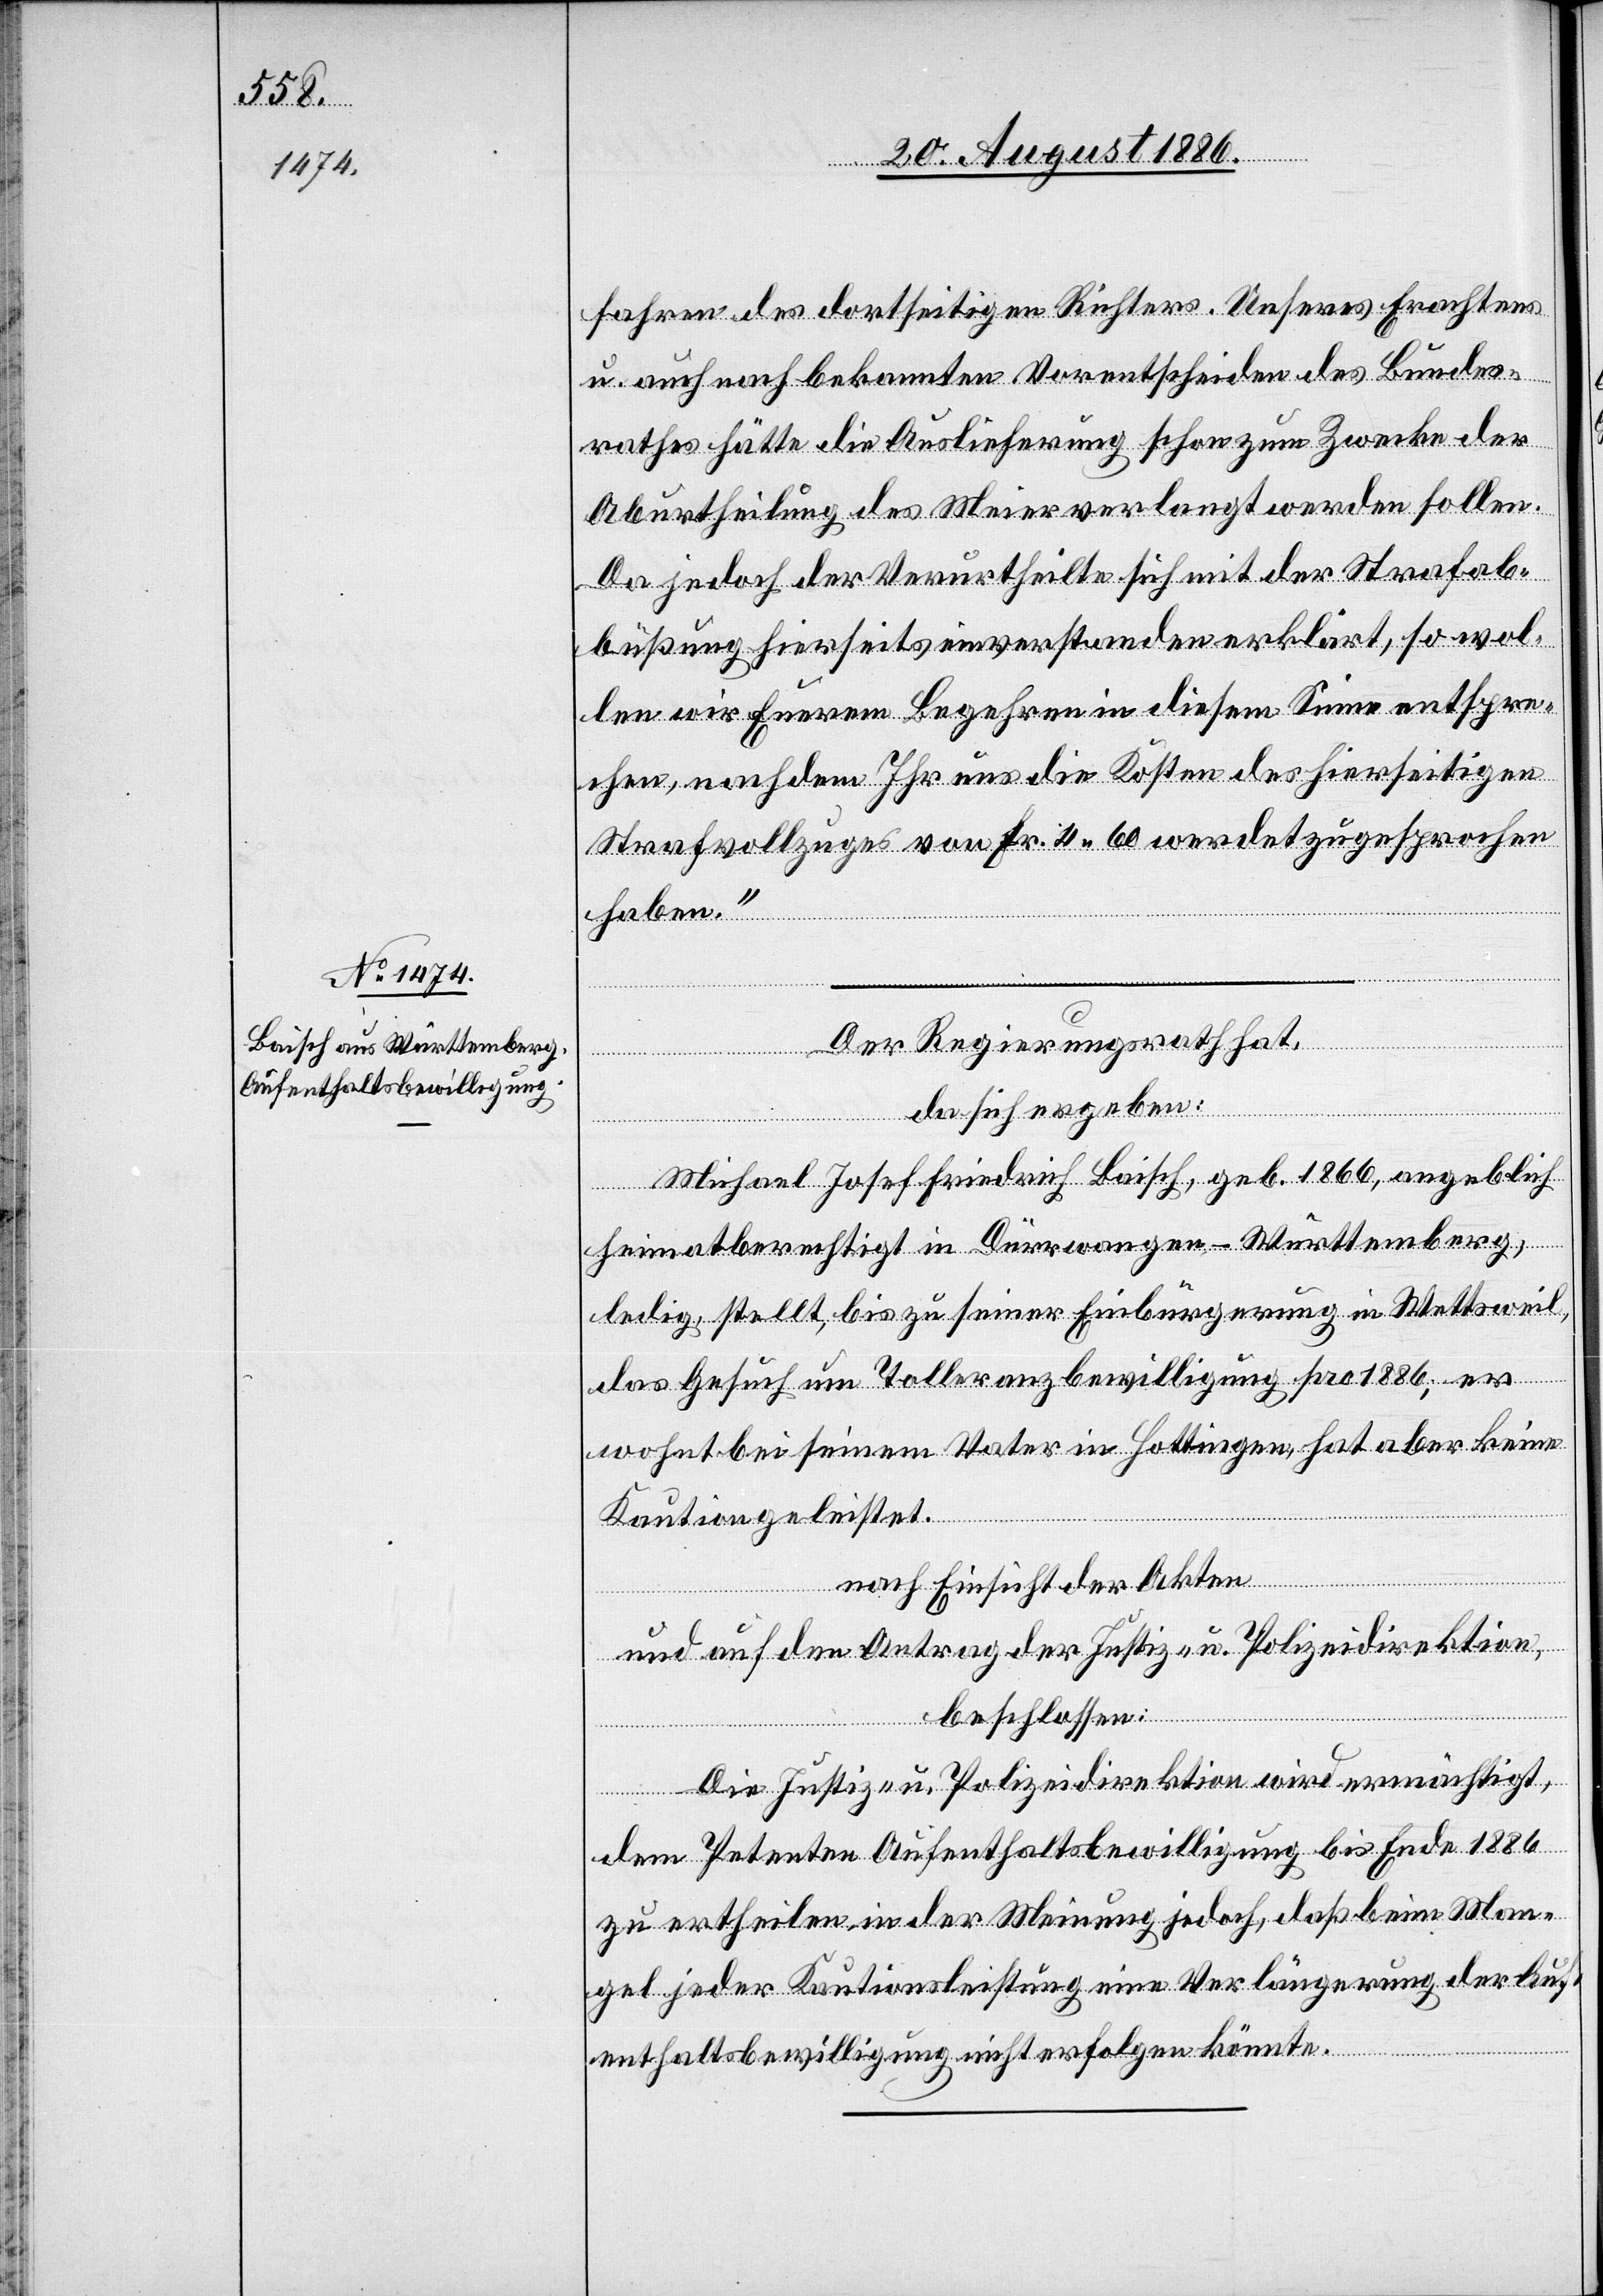
fahren des dortseitigen Richters. Unseres Erachtens
u. auch nach bekannten Vorentscheiden des Bundes¬
rathes hätte die Auslieferung schon zum Zwecke der
Aburtheilung des Meier verlangt werden sollen.
Da jedoch der Verurtheilte sich mit der Strafab¬
büßung hierseits einverstanden erklärt, so wol¬
len wir Euerem Begehren in diesem Sinne entspre¬
chen, nachdem Ihr uns die Kosten des hierseitigen
Strafvollzuges von Fr. 4 60 werdet zugesprochen
haben.“
Der Regierungsrath hat,
Man¬
da sich ergeben:
Michael Josef Friedrich Baisch, geb. 1866, angeblich
heimatberechtigt in Dürrwangen - Württemberg,
ledig, stellt, bis zu seiner Einbürgerung in Wettsweil,
das Gesuch um Toleranzbewilligung pro 1886; er
wohnt bei seinem Vater in Hottingen, hat aber keine
Kaution geleistet.
nach Einsicht der Akten
und auf den Antrag der Justiz- & Polizeidirektion,
beschlossen
Die Justiz- & Polizeidirektion wird ermächtigt,
dem Petenten Aufenthaltsbewilligung bis Ende 1886
gel jeder Kautionsleistung eine Verlängerung der Auf¬
enthaltsbewilligung nicht erfolgen könnte.